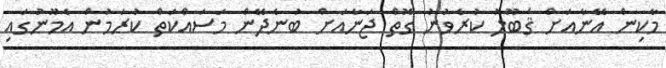
މާކިން އޭނާއަށް ޤަބޫލު ކުރެވުނު ގޮތް ޖަނާއަށް ބުނެދޭން މަސައްކަތް ކުރަމުން އެމޫނުގައި